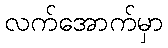
လက်အောက်မှာ